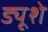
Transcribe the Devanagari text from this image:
ड्यूशे